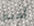
أقنع